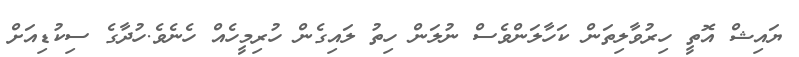
ޔައިޝް އޮތީ ހިރުވާލިތަން ކަހާލަންވެސް ނުލަން ހިތު ލައިގެން ހުރިމީހެއް ހެނެވެ.ހުދާގެ ސިކުޑިއަށް